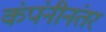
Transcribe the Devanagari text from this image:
कंपंनीनंतर